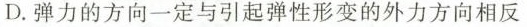
D.弹力的方向一定与引起弹性形变的外力方向相反